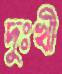
দুঃখী